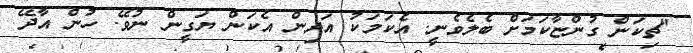
"ޗިކަން ގުންޏާކަމަށް ބެލެވެނީ. އެކަމަކު އަދިން އެކަން ޔަގީން ނުވޭ. ހުން އާދޭ